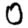
Digit: 0